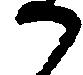
か